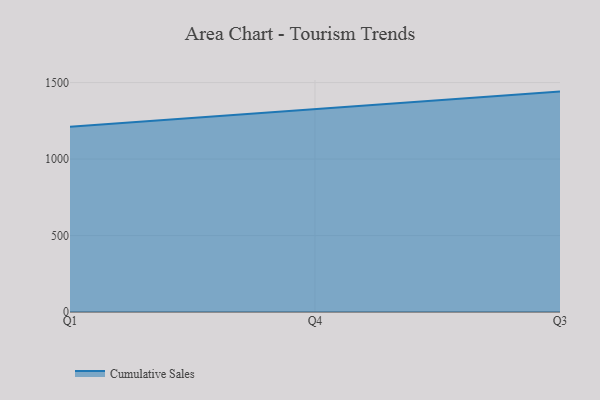
{"axis": {"x": "Quarter", "y": "Operating Costs (USD K)"}, "legend": ["Cumulative Sales"], "data": [{"x": "Q1", "y": 1211.6, "type": "Cumulative Sales"}, {"x": "Q4", "y": 1328.7, "type": "Cumulative Sales"}, {"x": "Q3", "y": 1441.0, "type": "Cumulative Sales"}]}